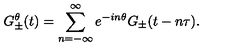
G _ { \pm } ^ { \theta } ( t ) = \sum _ { n = - \infty } ^ { \infty } e ^ { - i n \theta } G _ { \pm } ( t - n \tau ) .